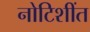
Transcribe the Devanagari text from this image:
नोटिशींत